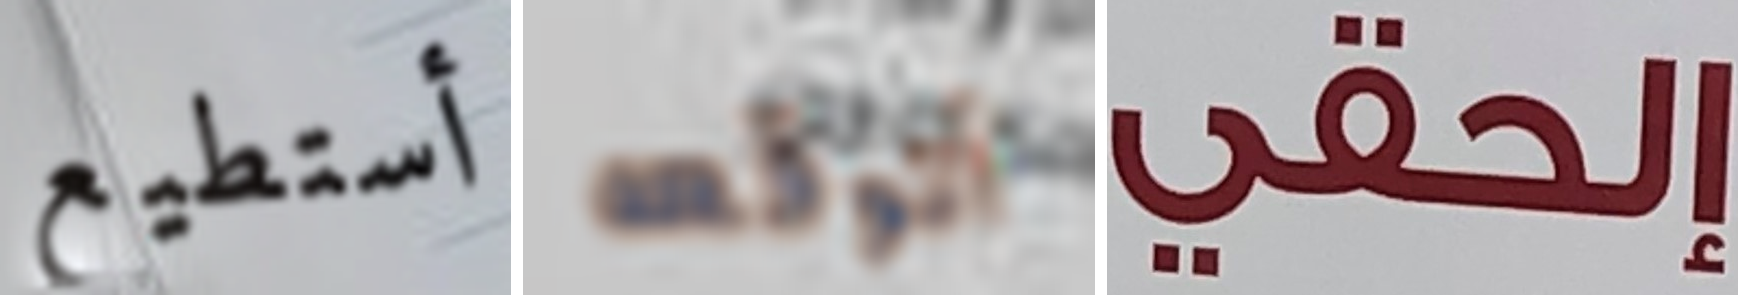
أستطيع أتوقعه إلحقي